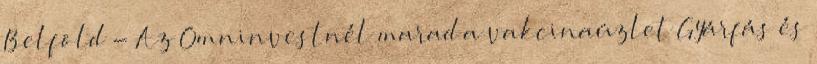
Belföld - Az Omninvestnél marad a vakcinaüzlet Gyárfás és